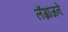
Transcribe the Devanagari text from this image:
लॅग्रांजने